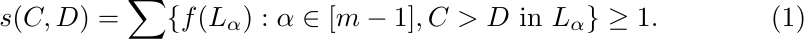
  \begin{equation}\label{eqn:easy}
    s(C,D)=\sum\{f(L_\alpha): \alpha\in[m-1], C> D \text{ in } L_\alpha\}\ge1.
  \end{equation}